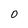
Character: O